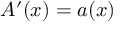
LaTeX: A ^ { \prime } ( x ) = a ( x )